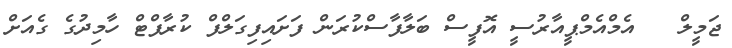
ޖަމީލް   އެމްއެމްޕީއާރުސީ އޮފީސް ބަލާފާސްކުރަން ފަށައިފިގަލްފް ކުރާފްޓް ހާމިދުގެ ގެއަށް